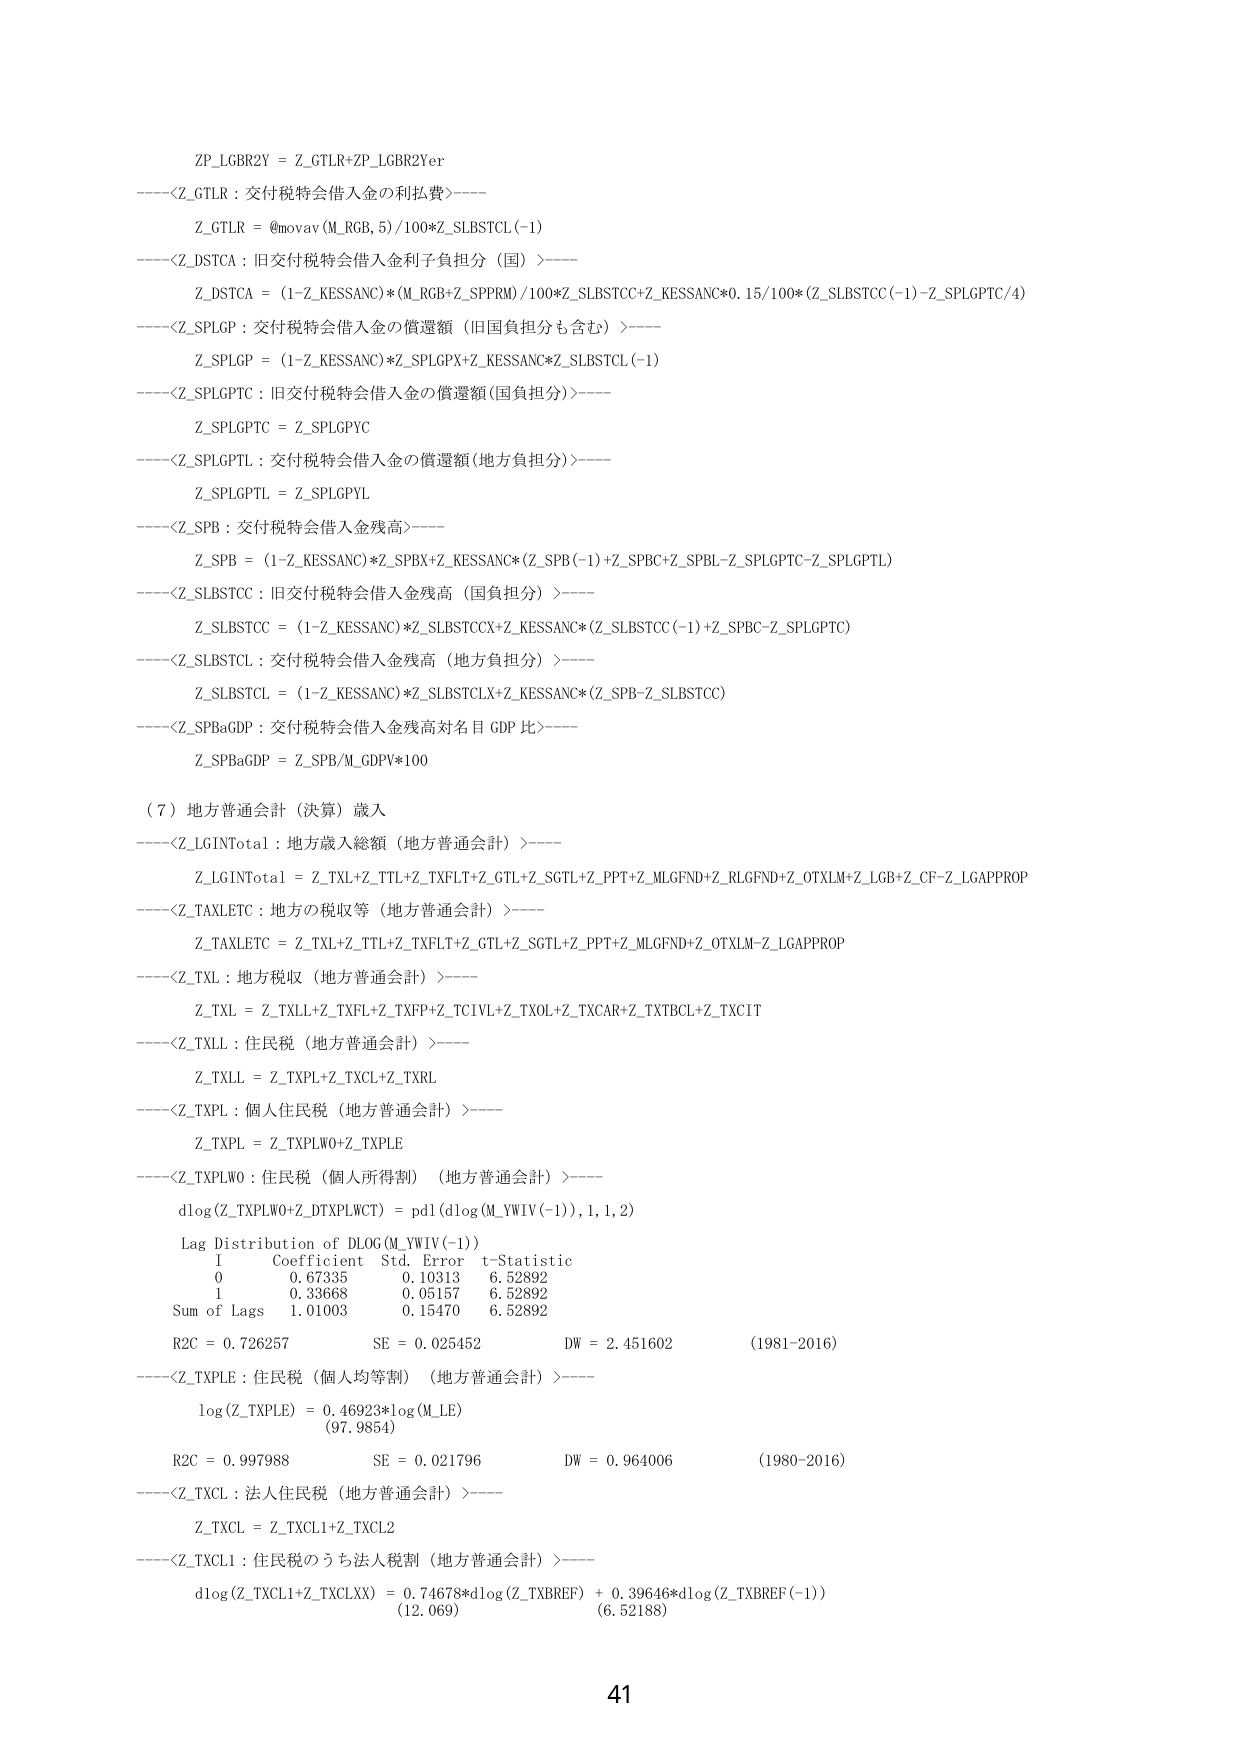
ZP_LGBR2Y = Z_GTLR+ZP_LGBR2Yer
----<Z_GTLR : 交付税特会借入金の利払費>----
Z_GTLR = @movav(M_RGB,5)/100*Z_SLBSTCL(-1)
----<Z_DSTCA : 旧交付税特会借入金利子負担分（国）>----
Z_DSTCA = (1-Z_KESSANC)*(M_RGB+Z_SPPRM)/100*Z_SLBSTCC+Z_KESSANC*0.15/100*(Z_SLBSTCC(-1)-Z_SPLGPTC/4)
----<Z_SPLGP : 交付税特会借入金の償還額（旧国負担分も含む）>----
Z_SPLGP = (1-Z_KESSANC)*Z_SPLGPX+Z_KESSANC*Z_SLBSTCL(-1)
----<Z_SPLGPTC : 旧交付税特会借入金の償還額(国負担分)>----
Z_SPLGPTC = Z_SPLGPYC
----<Z_SPLGPTL : 交付税特会借入金の償還額(地方負担分)>----
Z_SPLGPTL = Z_SPLGPYL
----<Z_SPB : 交付税特会借入金残高>----
Z_SPB = (1-Z_KESSANC)*Z_SPBX+Z_KESSANC*(Z_SPB(-1)+Z_SPBC+Z_SPBL-Z_SPLGPTC-Z_SPLGPTL)
----<Z_SLBSTCC : 旧交付税特会借入金残高（国負担分）>----
Z_SLBSTCC = (1-Z_KESSANC)*Z_SLBSTCCX+Z_KESSANC*(Z_SLBSTCC(-1)+Z_SPBC-Z_SPLGPTC)
----<Z_SLBSTCL : 交付税特会借入金残高（地方負担分）>----
Z_SLBSTCL = (1-Z_KESSANC)*Z_SLBSTCLX+Z_KESSANC*(Z_SPB-Z_SLBSTCC)
----<Z_SPBaGDP : 交付税特会借入金残高対名目GDP比>----
Z_SPBaGDP = Z_SPB/M_GDPV*100

(7) 地方普通会計（決算）歳入
----<Z_LGINTotal : 地方歳入総額（地方普通会計）>----
Z_LGINTotal = Z_TXL+Z_TTL+Z_TXFLT+Z_GTL+Z_SGTL+Z_PPT+Z_MLGFND+Z_RLGFND+Z_OTXLM+Z_LGB+Z_CF-Z_LGAPPROP
----<Z_TAXLETC : 地方の税収等（地方普通会計）>----
Z_TAXLETC = Z_TXL+Z_TTL+Z_TXFLT+Z_GTL+Z_SGTL+Z_PPT+Z_MLGFND+Z_OTXLM-Z_LGAPPROP
----<Z_TXL : 地方税収（地方普通会計）>----
Z_TXL = Z_TXLL+Z_TXFL+Z_TXFP+Z_TCIVL+Z_TXOL+Z_TXCAR+Z_TXTBCL+Z_TXCIT
----<Z_TXLL : 住民税（地方普通会計）>----
Z_TXLL = Z_TXPL+Z_TXCL+Z_TXRL
----<Z_TXPL : 個人住民税（地方普通会計）>----
Z_TXPL = Z_TXPLW0+Z_TXPLE
----<Z_TXPLW0 : 住民税（個人所得割）（地方普通会計）>----
dlog(Z_TXPLW0+Z_DTXPLWCT) = pdl(dlog(M_YWIV(-1)),1,1,2)
Lag Distribution of DLOG(M_YWIV(-1))
1 Coefficient Std. Error t-Statistic
0 0.67335 0.10313 6.52892
1 0.33668 0.05157 6.52892
Sum of Lags 1.01003 0.15470 6.52892
R2C = 0.726257 SE = 0.025452 DW = 2.451602 (1981-2016)
----<Z_TXPLE : 住民税（個人均等割）（地方普通会計）>----
log(Z_TXPLE) = 0.46923*log(M_LE)
(97.9854)
R2C = 0.997988 SE = 0.021796 DW = 0.964006 (1980-2016)
----<Z_TXCL : 法人住民税（地方普通会計）>----
Z_TXCL = Z_TXCL1+Z_TXCL2
----<Z_TXCL1 : 住民税のうち法人税割（地方普通会計）>----
dlog(Z_TXCL1+Z_TXCLXX) = 0.74678*dlog(Z_TXBREF) + 0.39646*dlog(Z_TXBREF(-1))
(12.069) (6.52188)

41